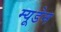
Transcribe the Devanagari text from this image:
म्यूडेन